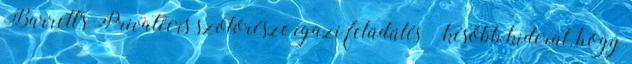
Barrett's Privateers szólórésze igazi felüdülés – később kiderül, hogy